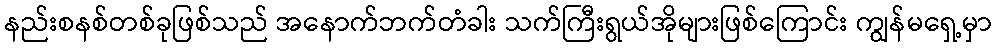
နည်းစနစ်တစ်ခုဖြစ်သည် အနောက်ဘက်တံခါး သက်ကြီးရွယ်အိုများဖြစ်ကြောင်း ကျွန်မရှေ့မှာ